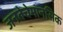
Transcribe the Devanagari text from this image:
जनतेचेमानसिक